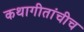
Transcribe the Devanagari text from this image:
कथागीतांचीच